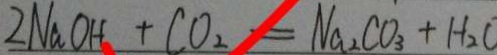
2 N a O H + C O _ { 2 } = N a _ { 2 } C O _ { 3 } + H _ { 2 } O